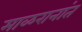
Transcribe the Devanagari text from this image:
माळरानांत